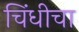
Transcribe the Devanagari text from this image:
चिंधीचा